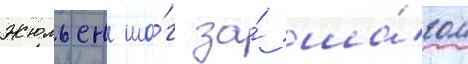
Жюльен ша́г за́ ша́гом